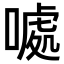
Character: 𠽁